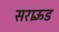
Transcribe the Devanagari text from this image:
सराऊँड